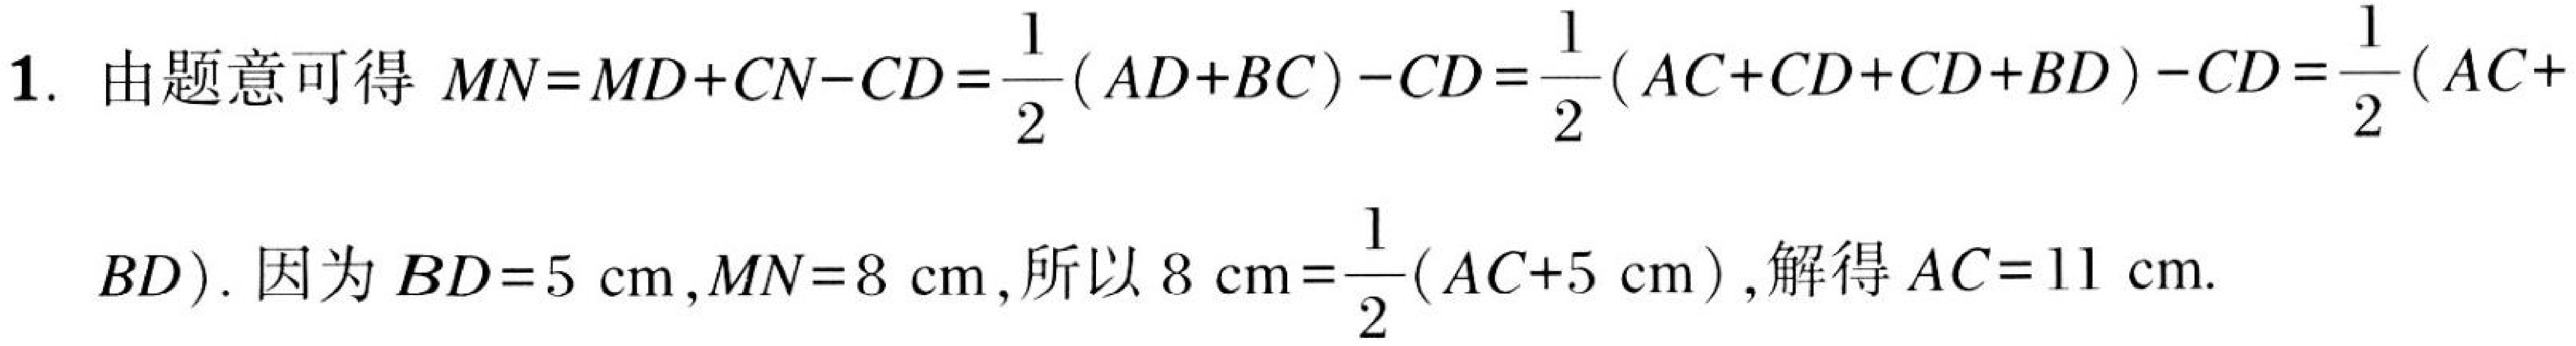
1. 由题意可得 \(MN = MD + CN - CD=\frac{1}{2}(AD + BC)-CD=\frac{1}{2}(AC + CD + CD + BD)-CD=\frac{1}{2}(AC + \)
\(BD)\). 因为 \(BD = 5\mathrm{\ cm}\), \(MN = 8\mathrm{\ cm}\), 所以 \(8\mathrm{\ cm}=\frac{1}{2}(AC + 5\mathrm{\ cm})\), 解得 \(AC = 11\mathrm{\ cm}\).